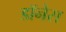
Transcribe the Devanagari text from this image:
डॉनेस